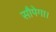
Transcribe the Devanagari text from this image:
सौपेगा।